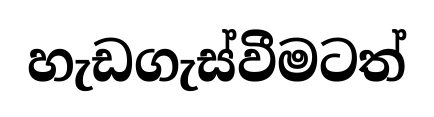
හැඩගැස්වීමටත්